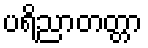
ပရိညာတတ္တာ